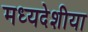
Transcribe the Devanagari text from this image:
मध्यदेशीया